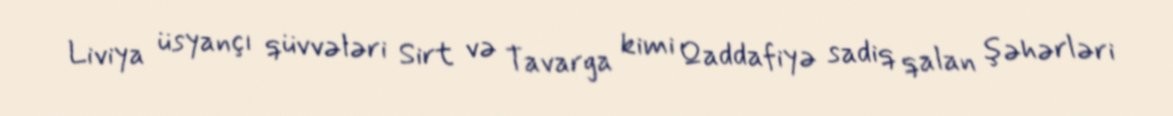
Liviya üsyançı qüvvələri Sirt və Tavarga kimi Qaddafiyə sadiq qalan şəhərləri